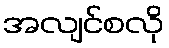
အလျင်စလို